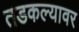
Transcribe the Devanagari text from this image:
तडकल्यावर